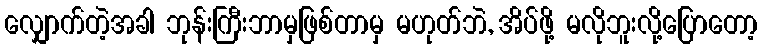
လျှောက်တဲ့အခါ ဘုန်းကြီးဘာမှဖြစ်တာမှ မဟုတ်ဘဲ, အိပ်ဖို့ မလိုဘူးလို့ပြောတော့